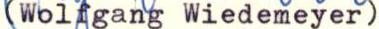
(Wolfgang Wiedemeyer)